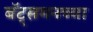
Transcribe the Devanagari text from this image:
बॅट्समनच्या